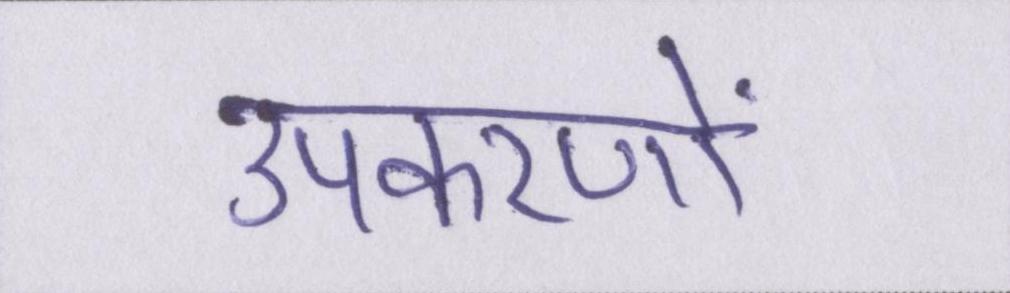
उपकरणों